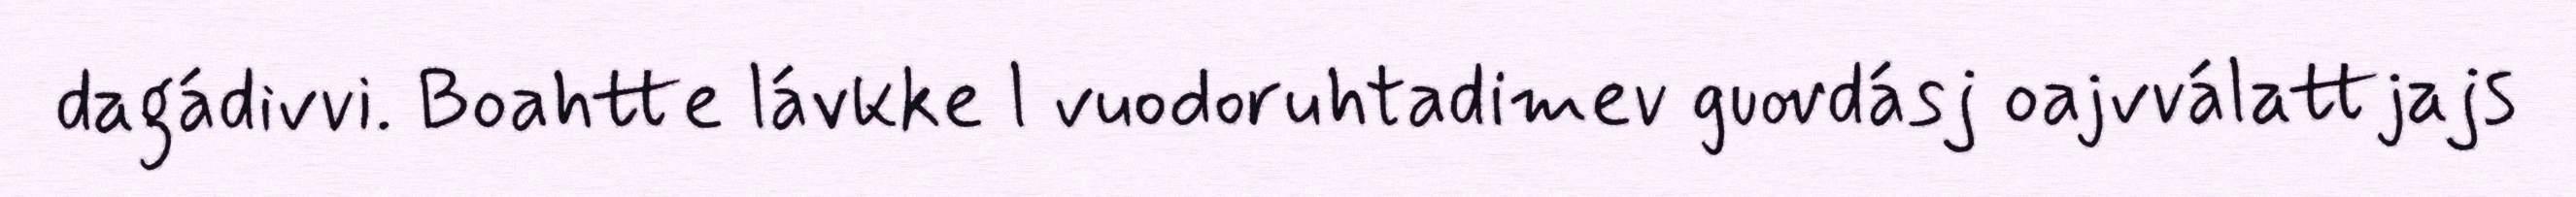
dagádivvi. Boahtte lávkke l vuodoruhtadimev guovdásj oajvválattjajs